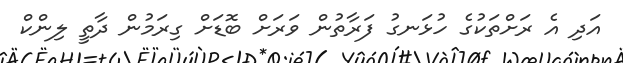
އަދި އެ ރަށްތަކުގެ ހުޅަނގު ފަރާތުން ވަރަށް ބޮޑަށް ގިރަމުން ދާތީ ލިންކް